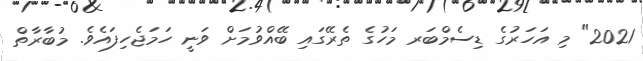
2021" މި އަހަރުގެ ޑިސެމްބަރ މަހުގެ ތެރޭގައި ބޭއްވުމަށް ވަނީ ހަމަޖެހިފައެވެ. މުބާރާތް